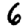
Digit: 6